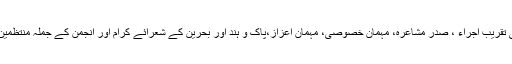
اس مجلّے ’’اظہار ‘‘ کی تقریب اجراء ، صدرِ مشاعرہ، مہمانِ خصوصی، مہمانِ اعزاز،پاک و ہند اور بحرین کے شعرائے کرام اور انجمن کے جملہ منتظمین کے ہاتھوں انجام پائی۔